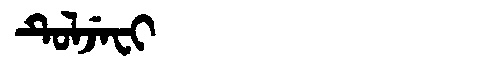
Manchu: ᡨᡠᠯᠵᡝᠸᡳ
Romanization: TULJEFI